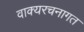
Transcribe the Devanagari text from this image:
वाक्यरचनागत